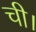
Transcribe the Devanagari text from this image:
ची।